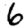
Digit: 6